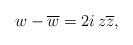
LaTeX: \begin{align*} w-\overline{w} = 2i\,z\overline{z},\end{align*}